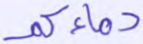
دماءكم